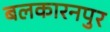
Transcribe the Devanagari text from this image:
बलकारनपुर